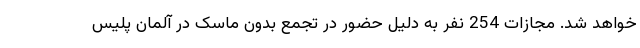
خواهد شد. مجازات 254 نفر به دلیل حضور در تجمع بدون ماسک در آلمان پلیس